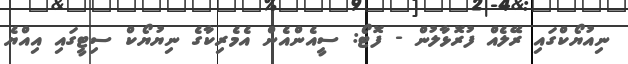
ނިއުޔޯކްގައި ރޭލެއް ފުރޮޅާލުން - ފޮޓޯ: ސީއެންއެން އެމެރިކާގެ ނިޔުޔޯކް ސިޓީގައި އިއްޔެ